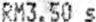
RM3.50 S